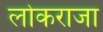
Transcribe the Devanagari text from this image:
लोकराजा